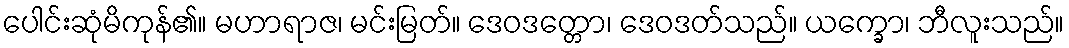
ပေါင်းဆုံမိကုန်၏။ မဟာရာဇ၊ မင်းမြတ်။ ဒေဝဒတ္တော၊ ဒေဝဒတ်သည်။ ယက္ခော၊ ဘီလူးသည်။